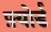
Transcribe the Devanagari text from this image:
फ़्योर्ड